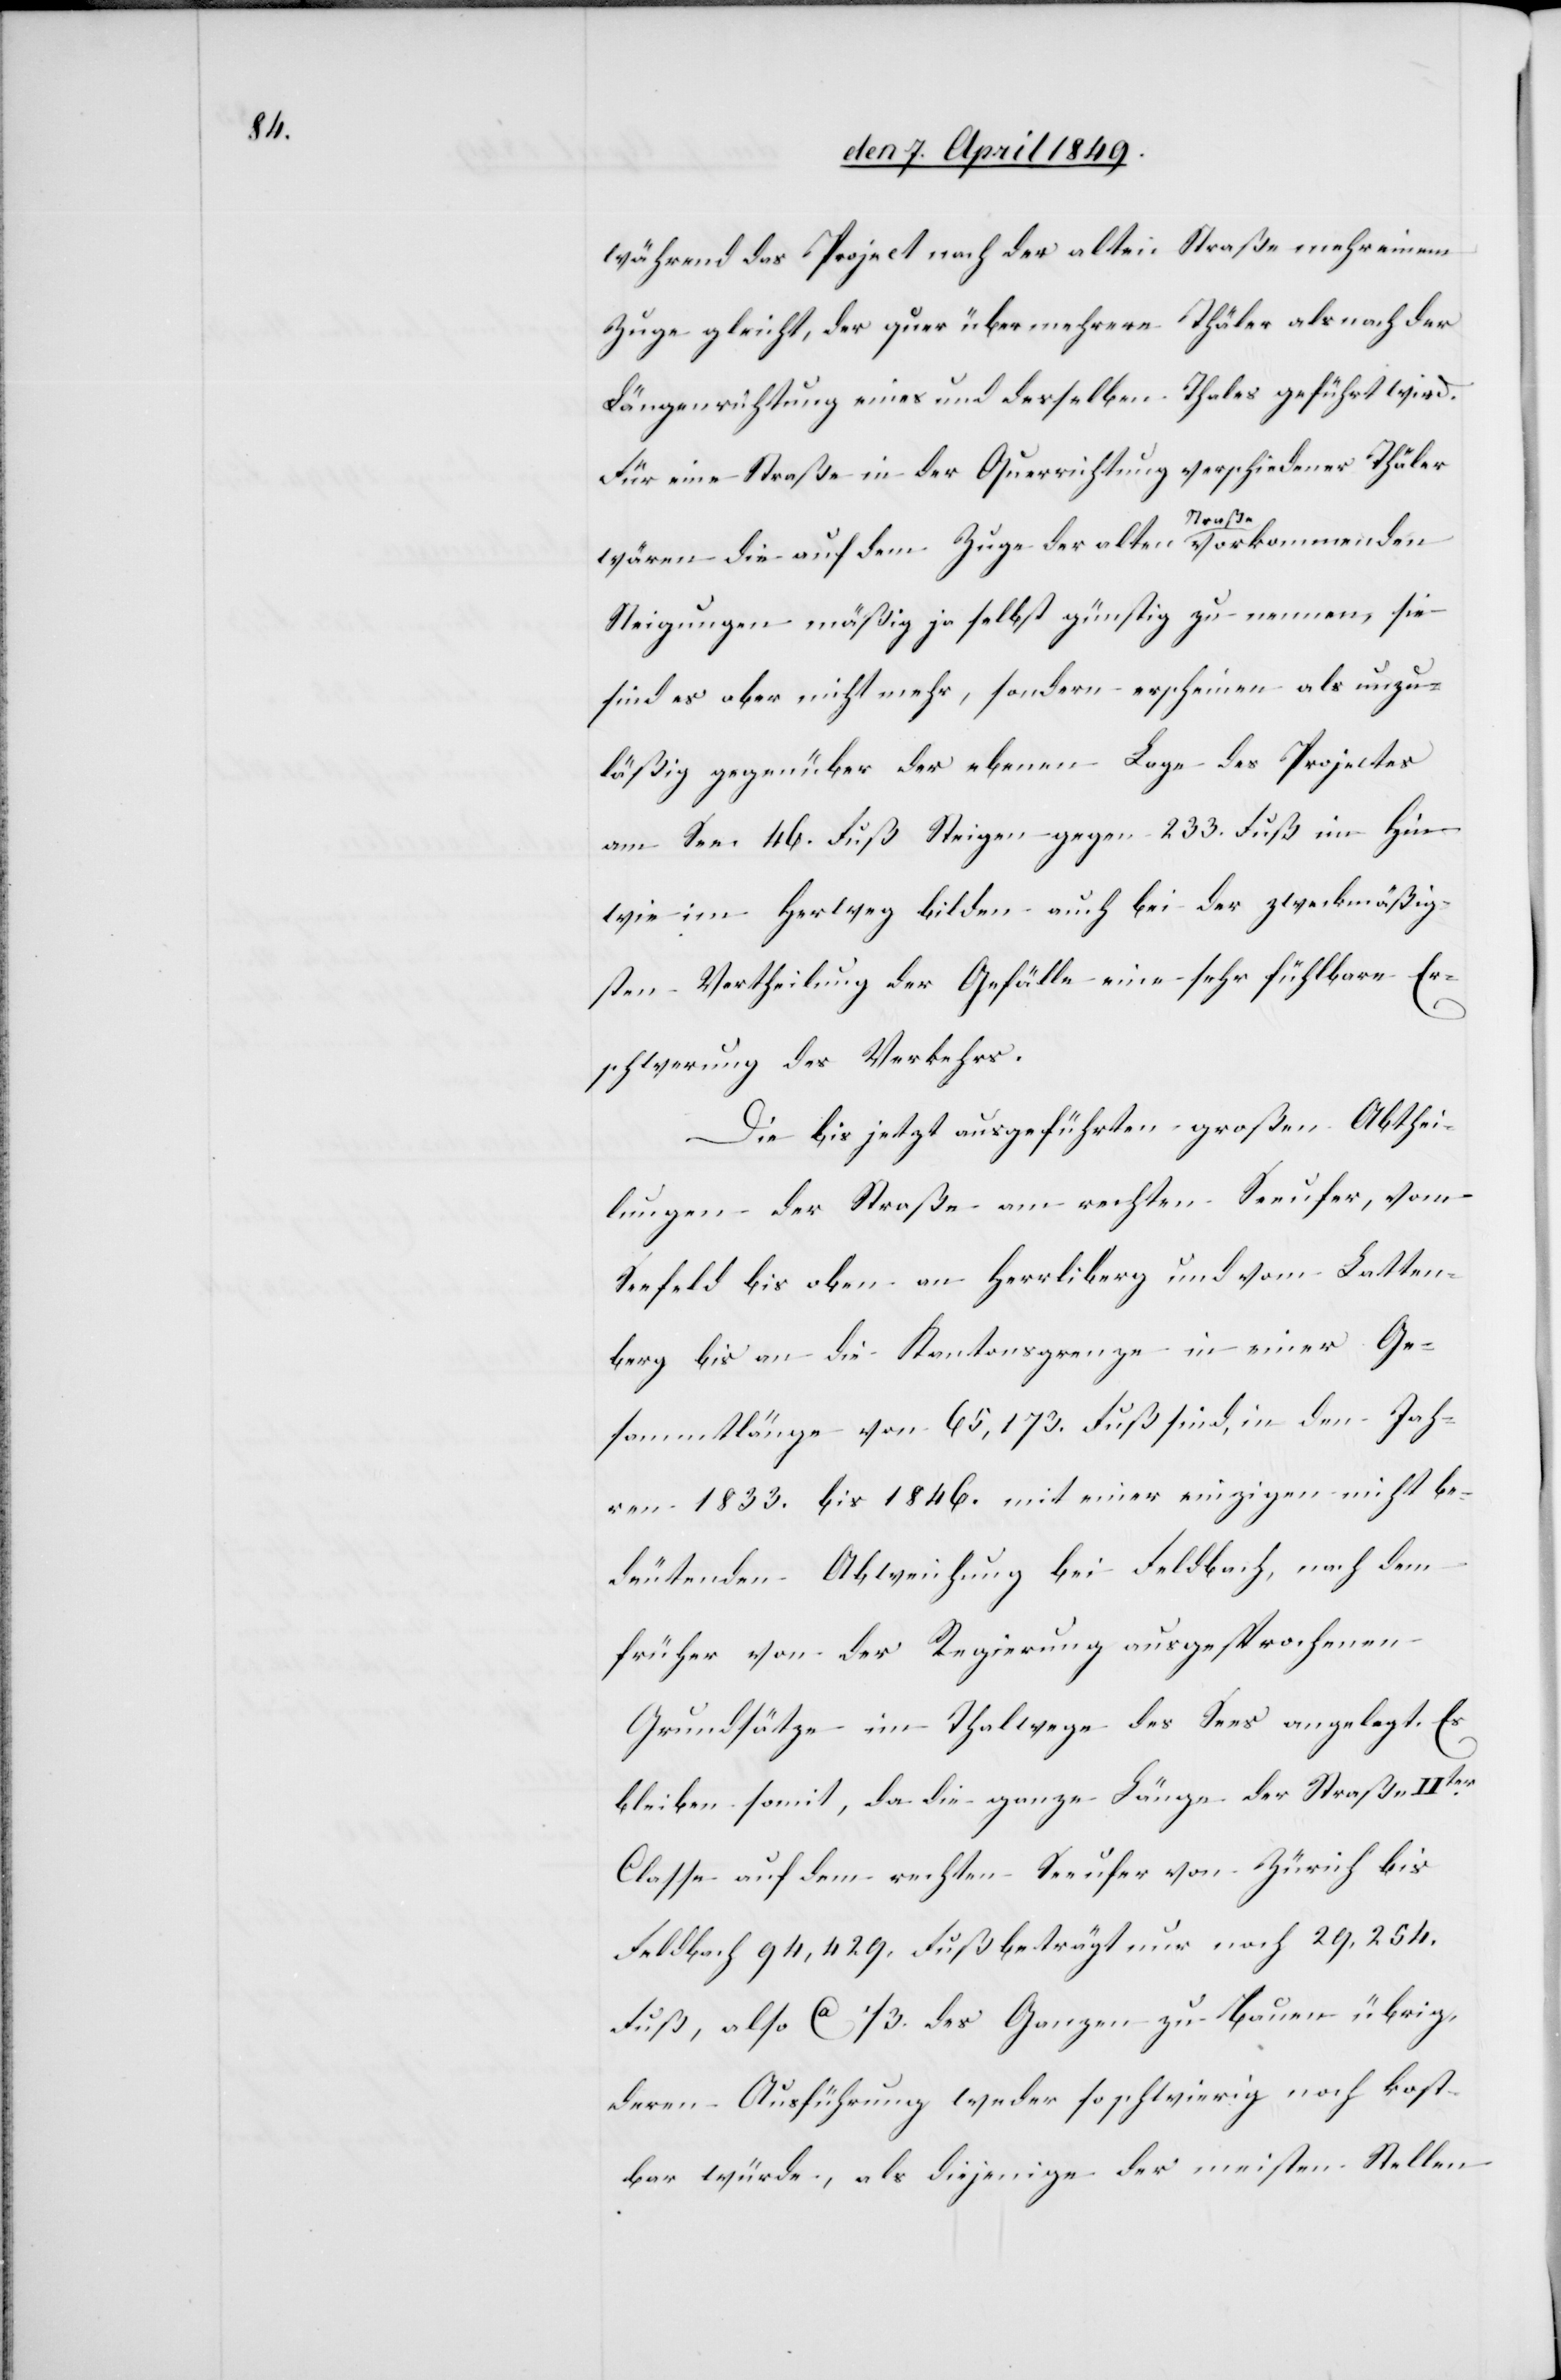
während das Project nach der alten Straße mehr einem
Zuge gleicht, der quer über mehrere Thäler als nach der
Längenrichtung eines und desselben Thales geführt wird.
Für eine Straße in der Querrichtung verschiedener Thäler
wären die auf dem Zuge der alten a-Straße-a vorkommenden
Steigungen mäßig ja selbst günstig zu nennen, sie
sind es aber nicht mehr, sondern erscheinen als unzu¬
läßig gegenüber der ebenen Lage des Projectes
am See. 46. Fuß Steigen gegen 233. Fuß im Hin-
wie im Herweg bilden auch bei der zweckmäßig¬
sten Vertheilung der Gefälle eine sehr fühlbare Er¬
schwerung des Verkehrs.
Die bis jetzt ausgeführten großen Abthei¬
lungen der Straße am rechten Seeufer, vom
Seefeld bis oben an Herrliberg und vom Latten¬
berg bis an die Kantonsgrenze in einer Ge¬
sammtlänge von 65,173. Fuß sind, in den Jah¬
ren 1833. bis 1846. mit einer einzigen nicht be¬
deutenden Abweichung bei Feldbach, nach dem
früher von der Regierung ausgesprochenen
Grundsätze im Thalwege des Sees angelegt. Es
bleiben somit, da die ganze Länge der Straße IIter
Classe auf dem rechten Seeufer von Zürich bis
Fuß, also ca 1/3. des Ganzen zu Bauen übrig,
deren Ausführung weder so schwierig noch kost¬
bar würde, als diejenige der meisten Stellen